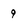
Character: 9